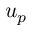
u _ { p }